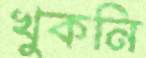
খুকনি